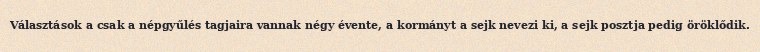
Választások a csak a népgyűlés tagjaira vannak négy évente, a kormányt a sejk nevezi ki, a sejk posztja pedig öröklődik.